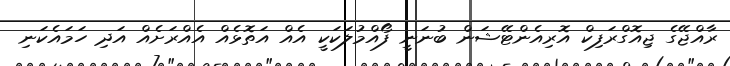
ރާއްޖޭގެ ޖިއޮގްރަފިކް އޮރިއެންޓޭޝަން ބުނަނީ ފޯއްމުލަކަކީ އެއް އަތޮޅެއް އެއްރަށެއް އަދި ހަމައެކަނި